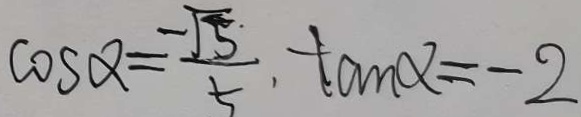
\cos \alpha = \frac { - \sqrt { 5 } } { 5 } , \tan \alpha = - 2